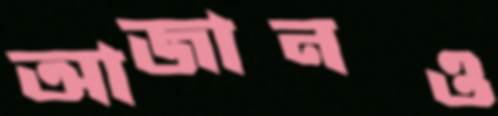
আজানও